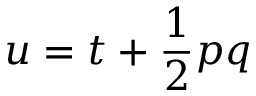
u = t + { \frac { 1 } { 2 } } p q